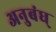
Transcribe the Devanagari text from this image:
अनुबंध्